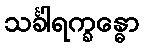
သင်္ခါရက္ခန္ဓော